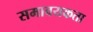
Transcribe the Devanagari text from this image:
समावयकता